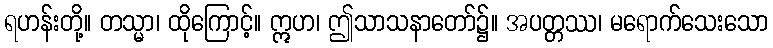
ရဟန်းတို့။ တသ္မာ၊ ထိုကြောင့်။ ဣဟ၊ ဤသာသနာတော်၌။ အပတ္တဿ၊ မရောက်သေးသော